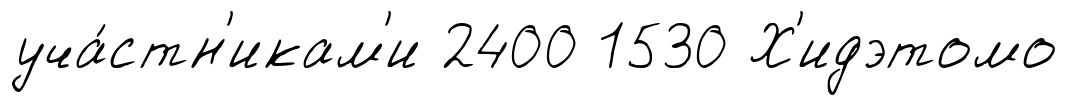
уча́стн'икам'и 2400 1530 Х'идэтомо